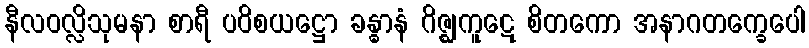
နီလဝလ္လိသုမနာ စာရီ ပဝိစယဋ္ဌော ခန္ဓာနံ ဂိဇ္ဈကူဋေ စိတကော အနာဂတက္ခေပေါ